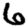
Digit: 6